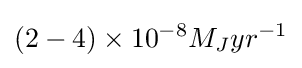
(2-4)\times 10^{-8}M_{J}yr^{-1}